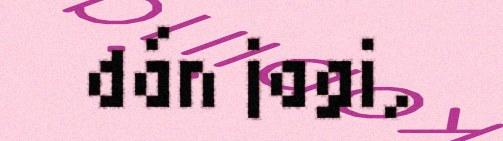
dán jagi,